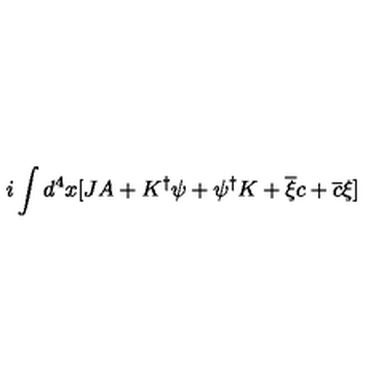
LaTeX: i \int d ^ { 4 } x [ J A + K ^ { \dagger } \psi + \psi ^ { \dagger } K + \overline { { \xi } } c + \overline { { c } } \xi ]